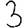
Digit: 3